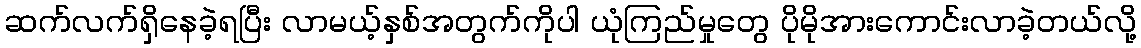
ဆက်လက်ရှိနေခဲ့ရပြီး လာမယ့်နှစ်အတွက်ကိုပါ ယုံကြည်မှုတွေ ပိုမိုအားကောင်းလာခဲ့တယ်လို့